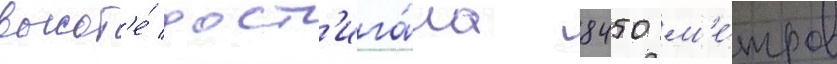
высот'е́ дост'ига́ла 8450 м'е́тров